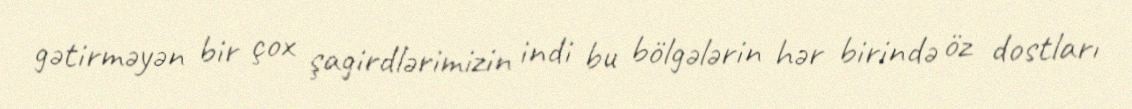
gətirməyən bir çox şagirdlərimizin indi bu bölgələrin hər birində öz dostları